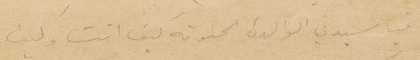
فيا سيدتي الوالدة الحنونة كيف انت وكيف